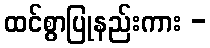
ထင်စွာပြုနည်းကား -